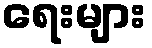
ရေးများ